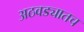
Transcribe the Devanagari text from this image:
अठवड्यातच